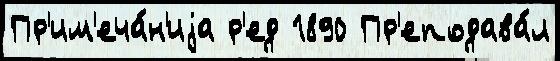
Пр'им'еча́н'иjа р'ед 1890 Пр'еподава́л